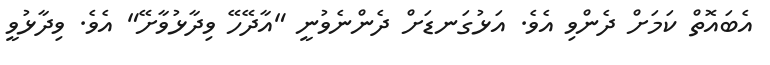
އެބައޮތް ކަމަށް ދެންވި އެވެ. އަޅުގަނޑަށް ދެންނެވުނީ "އާދޭހޭ ވިދާޅުވާށޭ" އެވެ. ވިދާޅުވީ